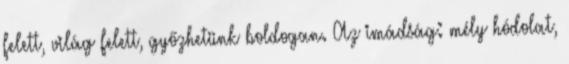
felett, világ felett, győzhetünk boldogan. Az imádság: mély hódolat,